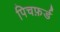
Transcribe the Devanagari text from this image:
पिचफ़र्ड